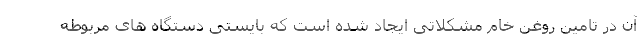
آن در تامین روغن خام مشکلاتی ایجاد شده است که بایستی دستگاه های مربوطه